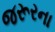
જરૂરના